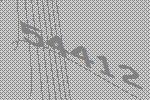
54412